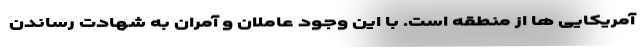
آمریکایی ها از منطقه است. با این وجود عاملان و آمران به شهادت رساندن